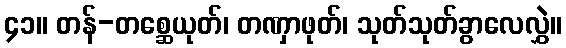
၄၁။ တန်-တစ္ဆေယုတ်၊ တဏှာဖုတ်၊ သုတ်သုတ်ခွာလေလွှဲ။